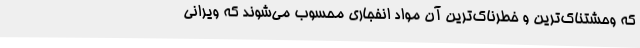
که وحشتناک‌ترین و خطرناک‌ترین آن مواد انفجاری محسوب می‌شوند که ویرانی